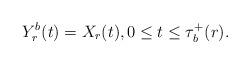
LaTeX: \begin{align*} Y^b_r(t) = X_r(t), 0 \leq t \leq \tau_b^+(r).\end{align*}